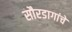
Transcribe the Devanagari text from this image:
सौरडागांचे